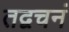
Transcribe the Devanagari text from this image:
तद्वचनं